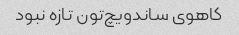
کاهوی ساندویچ‌تون تازه نبود